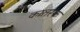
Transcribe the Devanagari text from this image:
कातरक